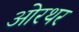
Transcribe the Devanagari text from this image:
ओरथर